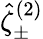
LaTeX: \hat{\zeta}_{\pm}^{(2)}